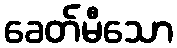
ခေတ်မီသော